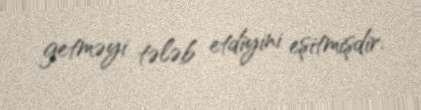
getməyi tələb etdiyini eşitmişdir.